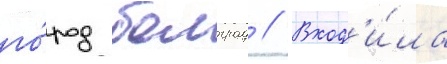
го́род болград // Вход'и́ла